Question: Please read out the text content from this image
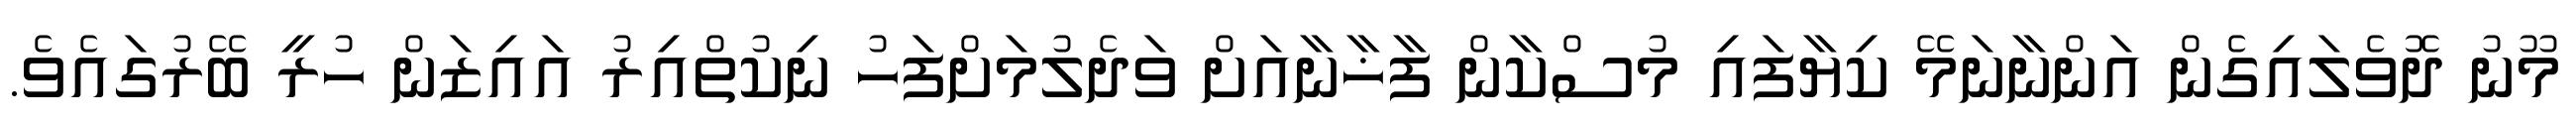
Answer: މޫނު ދޮވެލައިގެން އަންނާނަމޭ ކިޔާފައި މުސްކާން ފާޚާނާއަށް ވަދެލުމަށްފަހު ނިކުތްއިރު އައިޒަން ހުރީ ބޭރުގައެވެ.